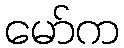
မော်က